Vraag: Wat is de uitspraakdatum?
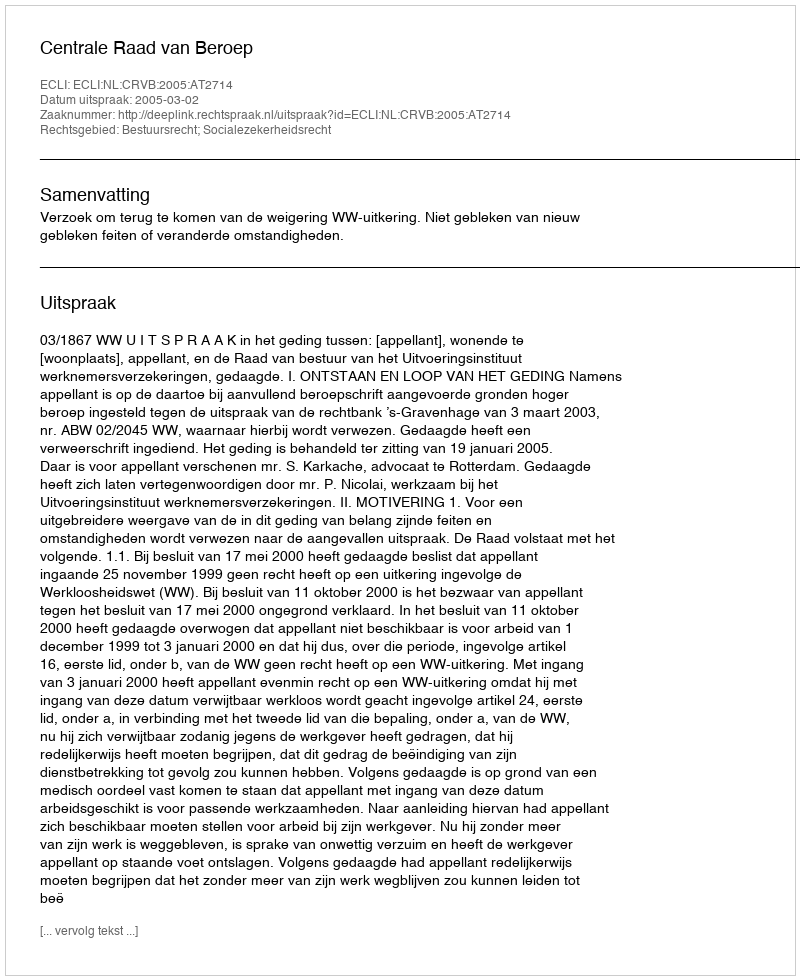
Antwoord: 2005-03-02